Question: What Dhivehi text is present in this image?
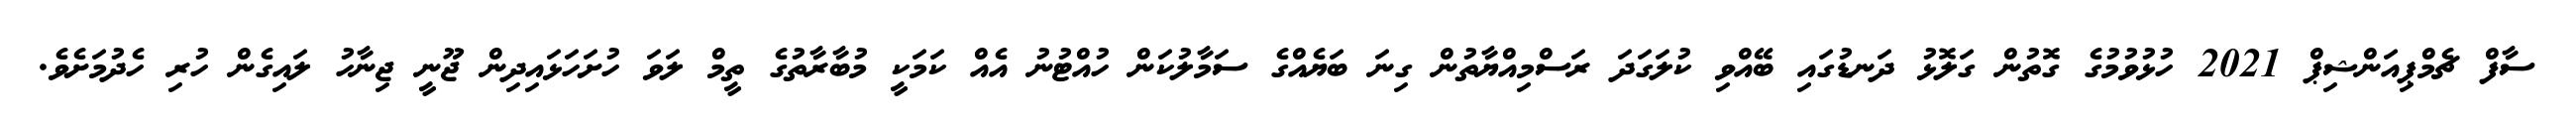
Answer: ސާފް ޗެމްޕިއަންޝިޕް 2021 ހުޅުވުމުގެ ގޮތުން ގަލޮޅު ދަނޑުގައި ބޭއްވި ކުލަގަދަ ރަސްމިއްޔާތުން ގިނަ ބަޔެއްގެ ސަމާލުކަން ހުއްޓުނު އެއް ކަމަކީ މުބާރާތުގެ ތީމް ލަވަ ހުށަހަޅައިދިން ޖޫނީ ޖިނާހު ލައިގެން ހުރި ހެދުމަށެވެ.